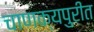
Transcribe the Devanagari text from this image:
चाणक्यपुरीत